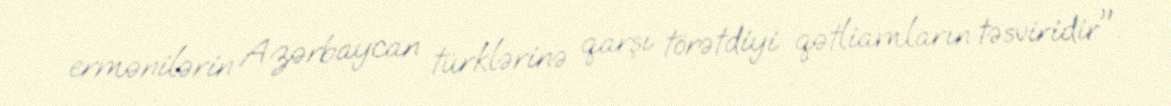
ermənilərin Azərbaycan türklərinə qarşı törətdiyi qətliamların təsviridir".